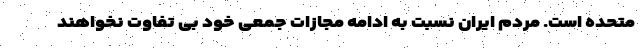
متحده است. مردم ایران نسبت به ادامه مجازات جمعی خود بی تفاوت نخواهند